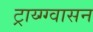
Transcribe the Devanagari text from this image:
ट्राय्ग्ग्वासन